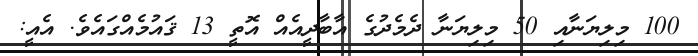
100 މިލިޔަނާއި 50 މިލިޔަނާ ދެމެދުގެ އާބާދީއެއް އޮތީ 13 ޤައުމެއްގައެވެ. އެއީ: